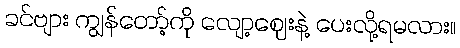
ခင်ဗျား ကျွန်တော့်ကို လျော့ဈေးနဲ့ ပေးလို့ရမလား။